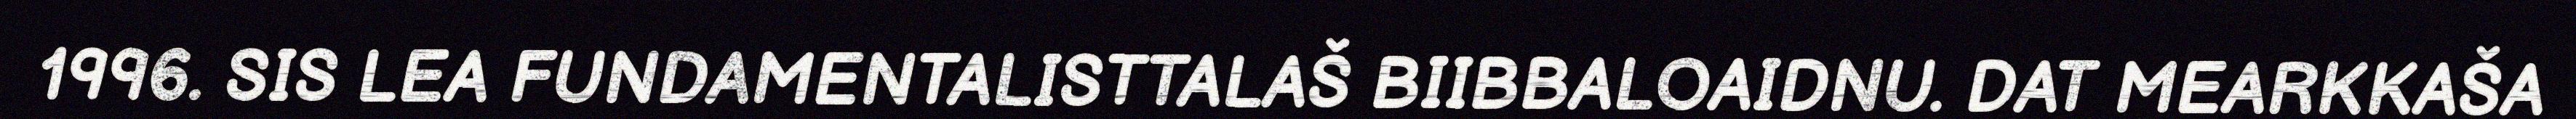
1996. SIS LEA FUNDAMENTALISTTALAŠ BIIBBALOAIDNU. DAT MEARKKAŠA